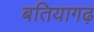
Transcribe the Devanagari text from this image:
बतियागढ़